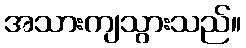
အသားကျသွားသည်။